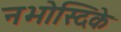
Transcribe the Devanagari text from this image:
नभोस्दिके